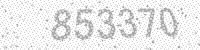
Solution: 853370